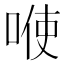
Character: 𭈓